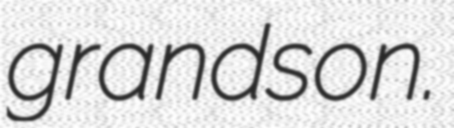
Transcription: grandson.